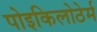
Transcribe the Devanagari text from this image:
पोइकिलोठेर्म